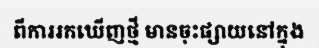
ពីការរកឃើញថ្មី មានចុះផ្សាយនៅក្នុង